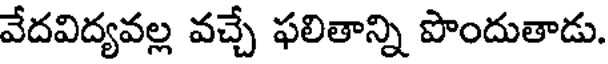
వేదవిద్యవల్ల వచ్చే ఫలితాన్ని పొందుతాడు.